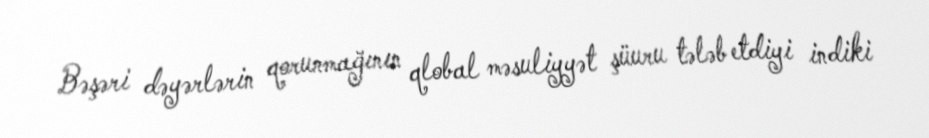
Bəşəri dəyərlərin qorunmağının qlobal məsuliyyət şüuru tələb etdiyi indiki